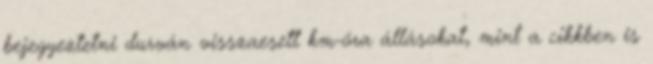
bejegyeztetni durván visszaesett km-óra állásokat, mint a cikkben is